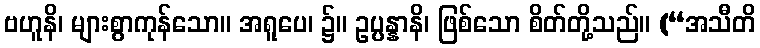
ဗဟူနိ၊ များစွာကုန်သော။ အရူပေ၊ ၌။ ဥပ္ပန္နာနိ၊ ဖြစ်သော စိတ်တို့သည်။ (“အသီတိ